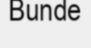
Bunde